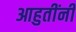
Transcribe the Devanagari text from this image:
आहुतींनी